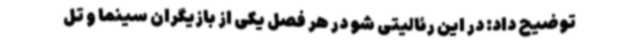
توضیح داد: در این رئالیتی شو در هر فصل یکی از بازیگران سینما و تل